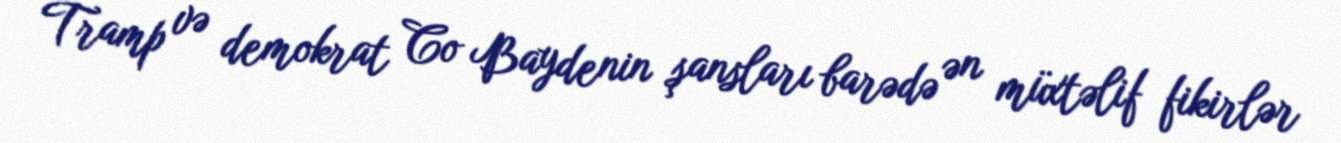
Tramp və demokrat Co Baydenin şansları barədə ən müxtəlif fikirlər